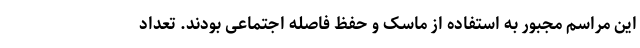
این مراسم مجبور به استفاده از ماسک و حفظ فاصله اجتماعی بودند. تعداد